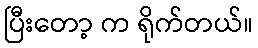
ပြီးတော့ က ရိုက်တယ်။